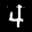
Label: 4